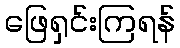
ဖြေရှင်းကြရန်